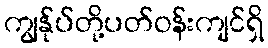
ကျွန်ုပ်တို့ပတ်ဝန်းကျင်ရှိ